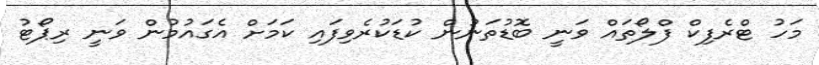
މަހު ޓްރެފިކް ފްލޯތައް ވަނީ ބޮޑުތަނުން ކުޑަކުރެވިފައި ކަމަށް އެގައުމުން ވަނީ ރިޕޯޓު